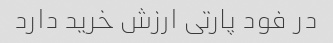
در فود پارتی ارزش خرید دارد